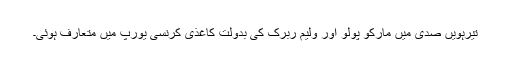
تیرہویں صدی میں مارکو پولو اور ولیم ربرک کی بدولت کاغذی کرنسی یورپ میں متعارف ہوئی۔